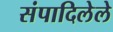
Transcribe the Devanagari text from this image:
संपादिलेले